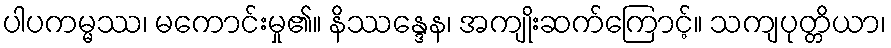
ပါပကမ္မဿ၊ မကောင်းမှု၏။ နိဿန္ဒေန၊ အကျိုးဆက်ကြောင့်။ သကျပုတ္တိယာ၊